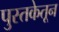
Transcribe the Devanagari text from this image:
पुस्तकेतून